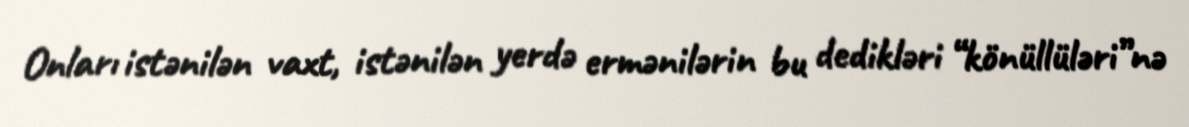
Onları istənilən vaxt, istənilən yerdə ermənilərin bu dedikləri “könüllüləri”nə